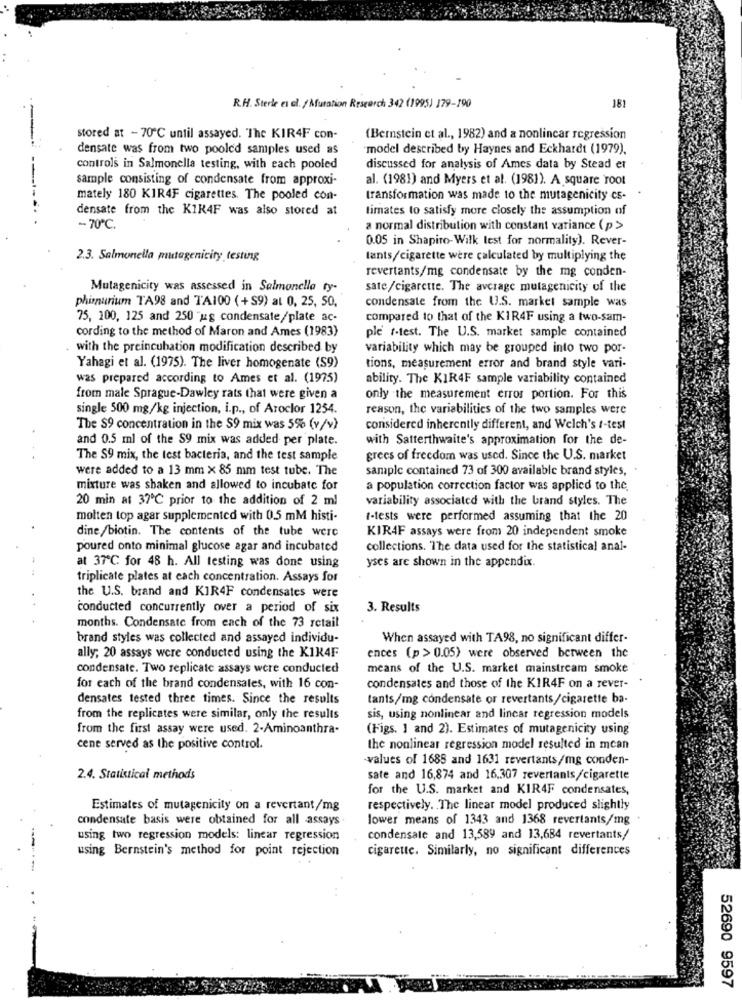
181
R.H. Sterle es cl. / Mutation Research 342 (1995) 179-190
stored at - 70℃ until assayed. The KIR4F con-
(Bernstein et al ., 1982) and a nonlinear regression
densate was from two pooled samples used as
model described by Haynes and Eckhardt (1979).
controls in Salmonella testing, with each pooled
discussed for analysis of Ames data by Stead er
sample consisting of condensate from approxi-
al. (1981) and Myers et al. (1981). A square root
mately 180 KIR4F cigarettes. The pooled con-
transformation was made to the mutagenicity cs-
densate from the KIK4F was also stored at
timates to satisfy more closely the assumption of
-70℃.
a normal distribution with constant variance ( p>
0.05 in Shapiro-Wilk test for normality). Rever-
2.3. Salmonella mutagenicity testing
lants/cigarette were calculated by multiplying the
revertants/mg condensate by the mg conden-
Mutagenicity was assessed in Salmonella ty-
sate/cigarette. The average mutagenicity of the
phimurium TA98 and TA100 (+S9) al 0, 25, 50,
condensate from the U.S. market sample was
75, 200, 125 and 250 "ug condensate/plate ac-
compared to that of the KIR4F using a two-sam-
cording to the method of Maron and Ames (1983)
ple t-test. The U.S. market sample contained
with the preincubation modification described by
variability which may be grouped into two por-
Yahagi et al. (1975). The liver homogenate (59)
tions, measurement error and brand style vari-
was prepared according to Ames et al. (1975)
ability. The KIR4F sample variability contained
from male Sprague-Dawley rats that were given a
only the measurement error portion. For this
single 500 mg/kg injection, i.p ., of Aroclor 1254.
reason, the variabilities of the two samples were
The $9 concentration in the $9 mix was 5% (v/v)
considered inherently different, and Welch's t-test
and 0.5 ml of the S9 mix was added per plate.
with Satterthwaite's approximation for the de-
The S9 mix, the test bacteria, and the test sample
grees of freedom was used. Since the U.S. market
were added to a 13 mm x 85 mm test tube. The
sample contained 73 of 300 available brand styles, .
mixture was shaken and allowed to incubate for
a population correction factor was applied to the.
20 min at 37℃ prior to the addition of 2 ml
variability associated with the brand styles. The
molten top agar supplemented with 0.5 mM histi-
t-tests were performed assuming that the 20
dine/biotin. The contents of the tube were
KIR4F assays were from 20 independent smoke
poured onto minimal glucose agar and incubated
collections. The data used for the statistical anal-
yses are shown in the appendix.
at 37℃ for 48 h. All testing was done using
triplicate plates at cach concentration. Assays for
the U.S. brand and KIR4F condensates were
conducted concurrently over a period of six
3. Results
months. Condensate from each of the 73 retail
brand styles was collected and assayed individu-
When assayed with TA98, no significant differ-
ally; 20 assays were conducted using the KIK4F
ences (p > 0.05) were observed between the
condensate. Two replicate assays were conducted
means of the U.S. market mainstream smoke
for each of the brand condensales, with 16 con-
condensates and those of the KIR4F on a rever-
densates tested three times. Since the results
tants/mg condensate or revertants/cigarette ba-
from the replicates were similar, only the results
sis, using nonlinear and linear regression models
from the first assay were used. 2-Aminoanthra-
(Figs. 1 and 2). Estimates of mutagenicity using
cene served as the positive control.
the nonlinear regression model resulted in mcan
values of 1688 and 1631 revertants/mg conden-
2.4. Statistical methods
sate and 16,874 and 16,307 revertants/cigarette
for the U.S. market and KIR4F condensates,
Estimates of mutagenicity on a revertant/mg
respectively. . The linear model produced slightly
condensate basis were obtained for all assays
lower means of 1343 and 1368 revertants/mg
using two regression models: linear regression
condensate and 13,589 and 13,684 revertants/
--
using Bernstein's method for point rejection
cigarette. Similarly, no significant differences
52690 9597